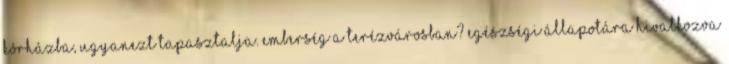
kórházba, ugyanezt tapasztalja. Emberség a Terézvárosban? Egészségi állapotára hivatkozva